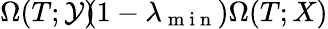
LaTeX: \Omega(T;\mathcal{Y})\! \le\! (1-\lambda_{\mathrm{{~m~i~n~}}})\Omega(T;X)